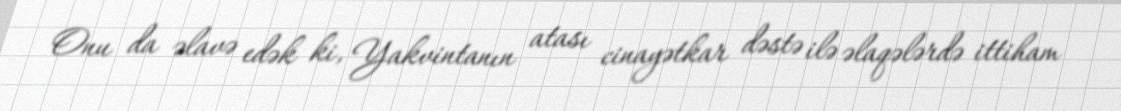
Onu da əlavə edək ki, Yakvintanın atası cinayətkar dəstə ilə əlaqələrdə ittiham